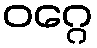
ဝဂ္ဂေ